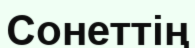
Сонеттің